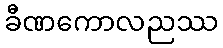
ခီဏကောလညဿ